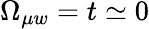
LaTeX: \Omega_{\mu w}=t\simeq 0